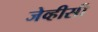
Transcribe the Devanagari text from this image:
जेव्हीसी